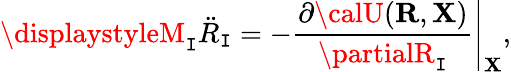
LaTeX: {\displaystyleM_{\mathtt{I}}{\ddot{{R}}}_{\mathtt{I}}=-\left.\frac{{\partial{\calU}({\mathbf{R}},{\mathbf{X}})}}{{\partialR_{\mathtt{I}}}}\right\vert_{\mathbf{X}},}